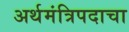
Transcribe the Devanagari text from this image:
अर्थमंत्रिपदाचा